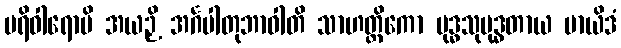
ပရိဝါရောပိ အယဉှိ အင်္ဂပါတုဘာဝါတိ သာဟတ္ထိကော ဗုဒ္ဓသုဗုဒ္ဓတာယ မာယိဒံ